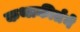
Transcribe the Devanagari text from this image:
कथाकीर्तने